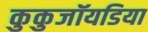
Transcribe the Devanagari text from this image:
कुकुजॉयडिया